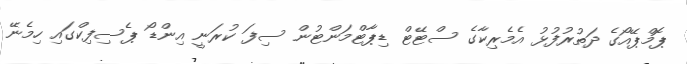
ޕޮމްޕޭއޯގެ ދަތުރުފުޅު އެމެރިކާގެ ސްޓޭޓް ޑިޕާޓްމަންޓުން ސިފަ ކުރަނީ އިންޑޯ ޕެސިފިކްގައި ހިމެނޭ